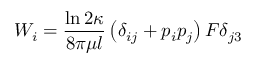
W _ { i } = \frac { \ln { 2 \kappa } } { 8 \pi \mu l } \left( \delta _ { i j } + p _ { i } p _ { j } \right) F \delta _ { j 3 }